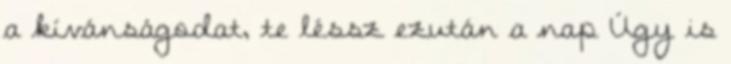
a kívánságodat, te léssz ezután a nap Úgy is